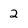
Character: 2